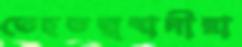
তেহতত্ত্ববাদীরা